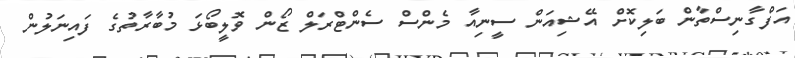
އަފްގާނިސްތާން ބަލިކޮށް އޭޝިއަން ސީނިއާ މެންސް ސެންޓްރަލް ޒޯން ވޮލީބޯޅަ މުބާރާތުގެ ފައިނަލުން